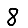
Digit: 8